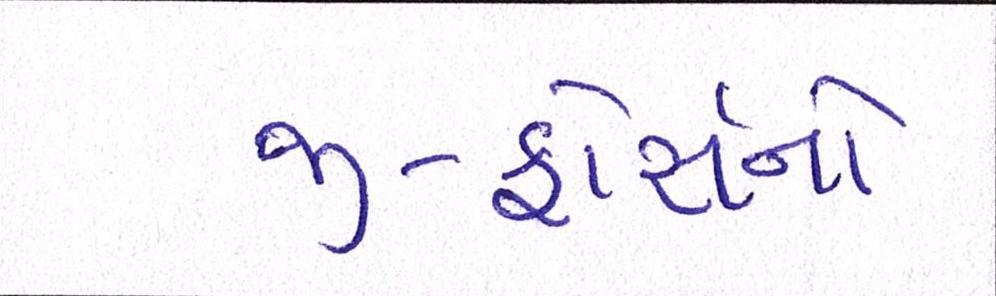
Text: જી-ફોર્સનો